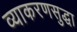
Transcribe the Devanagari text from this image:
व्याकरणसुद्धा